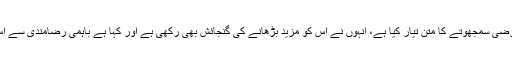
جن سفارت کاروں نے عارضی سمجھوتے کا متن تیار کیا ہے، اُنہوں نے اس کو مزید بڑھانے کی گنجائش بھی رکھی ہے اور کہا ہے باہمی رضامندی سے اس میں توسیع ہو سکتی ہے۔